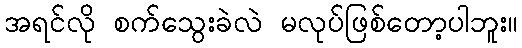
အရင်လို စက်သွေးခဲလဲ မလုပ်ဖြစ်တော့ပါဘူး။